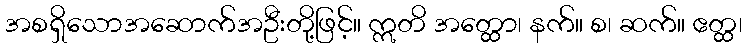
အစရှိသောအဆောက်အဦးတို့ဖြင့်။ ဣတိ အတ္ထော၊ နက်။ စ၊ ဆက်။ ဧတ္ထ၊